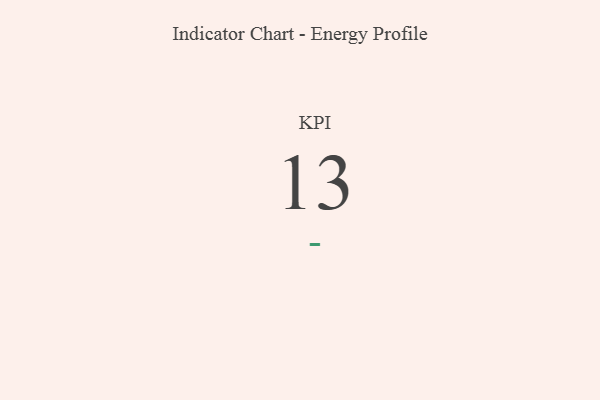
{"axis": {"x": "KPI", "y": "Value"}, "legend": [""], "data": [{"x": "KPI", "y": 13, "type": ""}]}